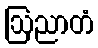
ဩညာတံ